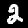
Label: 2